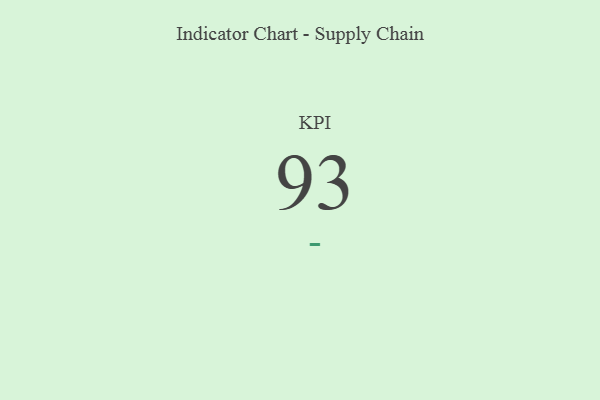
{"axis": {"x": "KPI", "y": "Value"}, "legend": [""], "data": [{"x": "KPI", "y": 93, "type": ""}]}